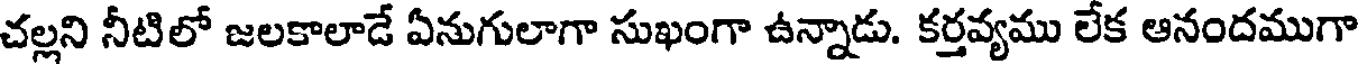
చల్లని నీటిలో జలకాలాడే ఏనుగులాగా సుఖంగా ఉన్నాడు. కర్తవ్యము లేక ఆనందముగా